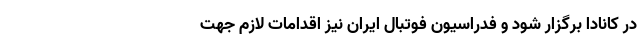
در کانادا برگزار شود و فدراسیون فوتبال ایران نیز اقدامات لازم جهت